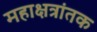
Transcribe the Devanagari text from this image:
महाक्षत्रांतक